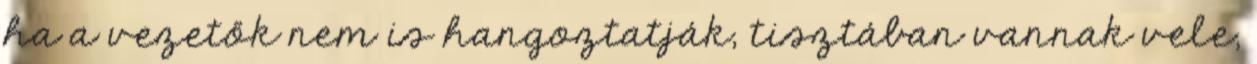
ha a vezetők nem is hangoztatják, tisztában vannak vele,